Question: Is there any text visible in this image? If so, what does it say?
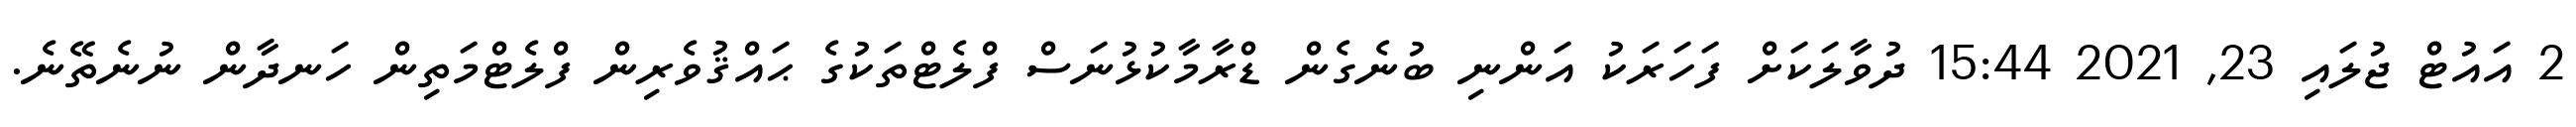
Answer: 2 އައުޓް ޖުލައި 23, 2021 15:44 ދުވާލަކަށް ފަހަރަކު އަންނި ބުނެގެން ޑްރާމާކުޅުނަސް ފްލެޓްތަކުގެ ޙައްޤުވެރިން ފްލެޓްމަތިން ހަނދާން ނުނެތޭނެ.